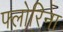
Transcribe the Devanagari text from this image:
फ्लोरिना